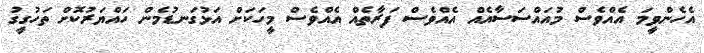
އެހެންވީމަ އެއްވެސް މުއައްސަސާއެއް އެއްވެސް ފަރާތެއް އެއްވެސް މީހަކަށް އަޅުގަނޑުމެން ހައްޔަރުކޮށް ތަހުގީގު